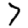
Digit: 7